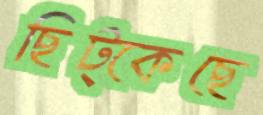
ছিট্‌কেছে